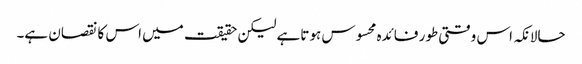
حالانکہ اس وقتی طور فائدہ محسوس ہوتاہے لیکن حقیقت میں اس کا نقصان ہے۔